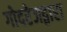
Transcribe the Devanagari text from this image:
गोदरेजद्वारा